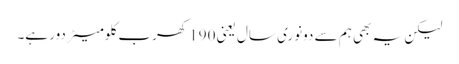
لیکن یہ بھی ہم سے دونوری سال یعنی 190 کھرب کلومیٹر دور ہے۔